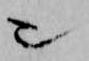
也